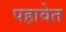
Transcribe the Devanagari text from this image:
पहावेत